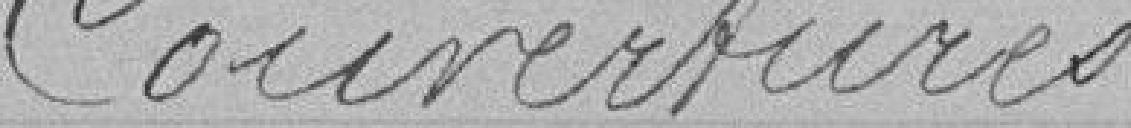
Couvertures